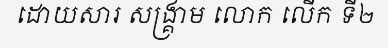
ដោយសារ សង្គ្រាម លោក លើក ទី២